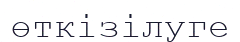
өткізілуге